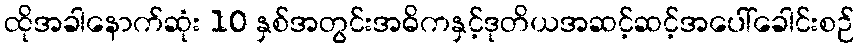
ထိုအခါနောက်ဆုံး 10 နှစ်အတွင်းအဓိကနှင့်ဒုတိယအဆင့်ဆင့်အပေါ်ခေါင်းစဉ်